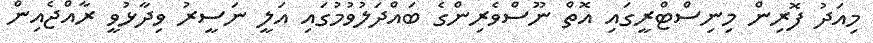
މިއަދު ފޮރިން މިނިސްޓްރީގައި އޮތް ނޫސްވެރިންގެ ބައްދަލުވުމުގައި އަލީ ނަސީރު ވިދާޅުވީ ރާއްޖެއިން